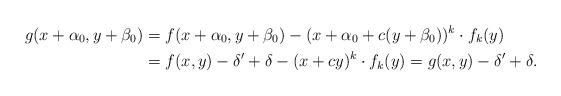
LaTeX: \begin{align*}g(x+\alpha_{0},y+\beta_{0}) &= f(x+\alpha_{0},y+\beta_{0}) - (x+\alpha_{0}+c(y+\beta_{0}))^{k} \cdot f_{k}(y) \\&= f(x,y) - \delta' + \delta - (x+cy)^k \cdot f_{k}(y) = g(x,y) - \delta' + \delta.\end{align*}